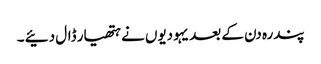
پندرہ دن کے بعد یہودیوں نے ہتھیار ڈال دئیے ۔